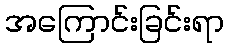
အကြောင်းခြင်းရာ